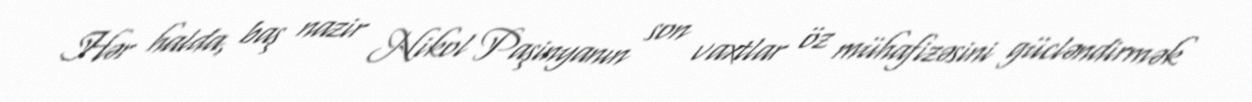
Hər halda, baş nazir Nikol Paşinyanın son vaxtlar öz mühafizəsini gücləndirmək